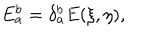
LaTeX: E _ { a } ^ { b } = \delta _ { a } ^ { b } E ( \xi , \eta ) ,